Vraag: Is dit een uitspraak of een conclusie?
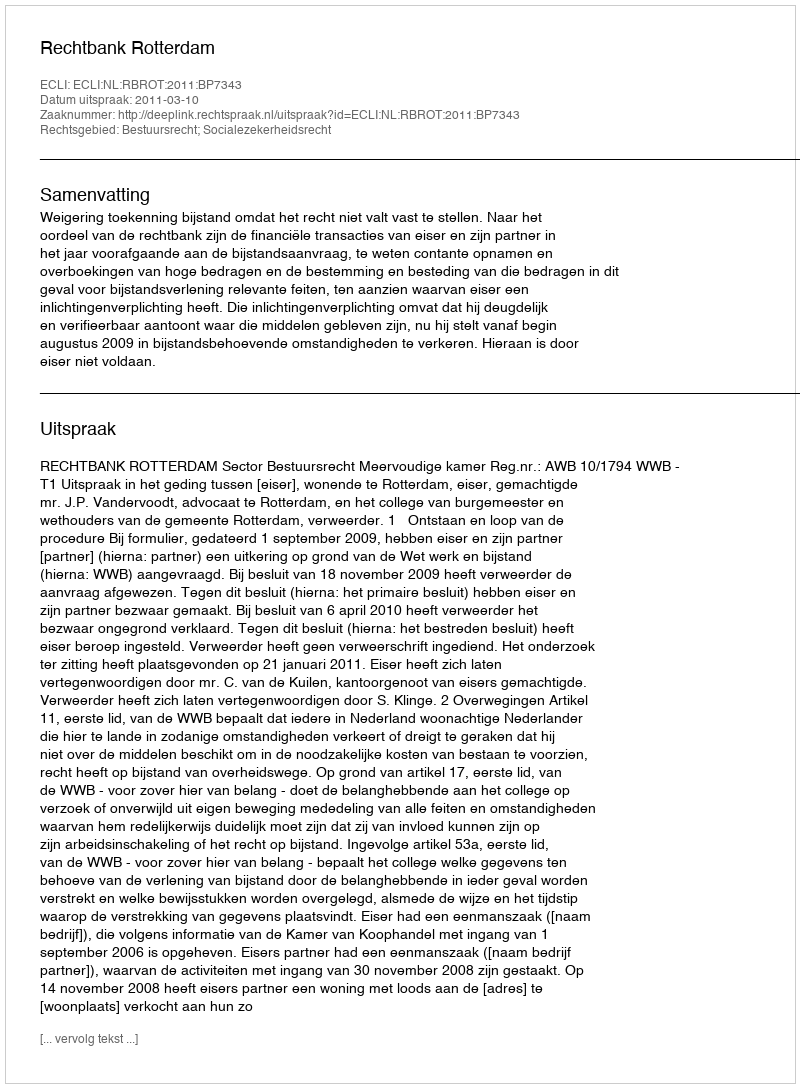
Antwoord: Uitspraak